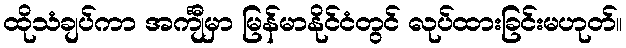
ထိုသံချပ်ကာ အင်္ကျီမှာ မြန်မာနိုင်ငံတွင် လုပ်ထားခြင်းမဟုတ်။